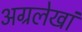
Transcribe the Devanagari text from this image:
अग्रलेखां